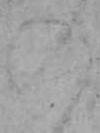
の